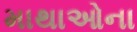
માથાઓના